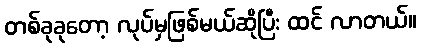
တစ်ခုခုတော့ လုပ်မှဖြစ်မယ်ဆိုပြီး ထင် လာတယ်။